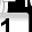
Digit: 1